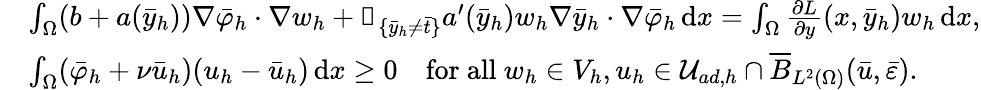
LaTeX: \begin{array}{rl}&{\int_{\Omega}(b+a(\bar{y}_{h}))\nabla\bar{\varphi}_{h}\cdot\nabla w_{h}+\mathbb{1}_{\{ \bar{y}_{h}\neq\bar{t}\} }a^{\prime}(\bar{y}_{h})w_{h}\nabla\bar{y}_{h}\cdot\nabla\bar{\varphi}_{h}\, \mathrm{d}x=\int_{\Omega}\frac{\partial L}{\partial y}(x,\bar{y}_{h})w_{h}\, \mathrm{d}x,}\\ &{\int_{\Omega}(\bar{\varphi}_{h}+\nu\bar{u}_{h})(u_{h}-\bar{u}_{h})\, \mathrm{d}x\geq 0\quad\mathrm{for~all~}w_{h}\in V_{h},u_{h}\in\mathcal{U}_{ad,h}\cap\overline{B}_{L^{2}(\Omega)}(\bar{u},\bar{\varepsilon}).}\end{array}